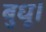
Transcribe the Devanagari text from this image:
बुधू।